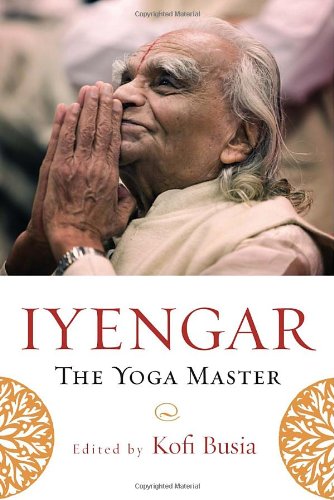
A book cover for Iyengar: The Yoga Master; Religion & Spirituality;